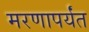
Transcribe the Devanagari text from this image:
मरणापर्यंत